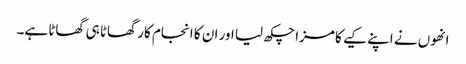
انھوں نے اپنے کیے کا مزا چکھ لیا اور ان کا انجام کار گھاٹا ہی گھاٹا ہے۔